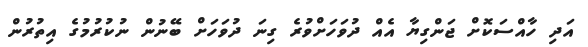
އަދި ހާއްސަކޮށް ޖަންގިޔާ އެއް ދުވަހަށްވުރެ ގިނަ ދުވަހަށް ބޭނުން ނުކުރުމުގެ އިތުރުން